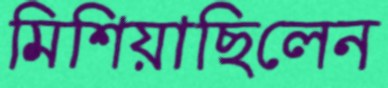
মিশিয়াছিলেন